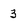
Character: 3